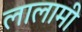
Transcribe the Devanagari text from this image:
लालामी